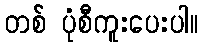
တစ် ပုံစီကူးပေးပါ။